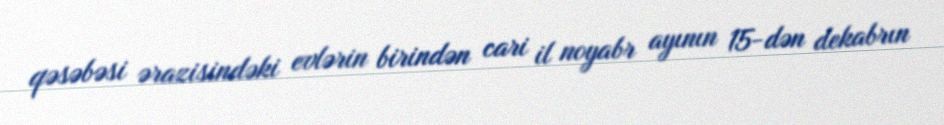
qəsəbəsi ərazisindəki evlərin birindən cari il noyabr ayının 15-dən dekabrın